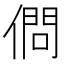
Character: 𠍒